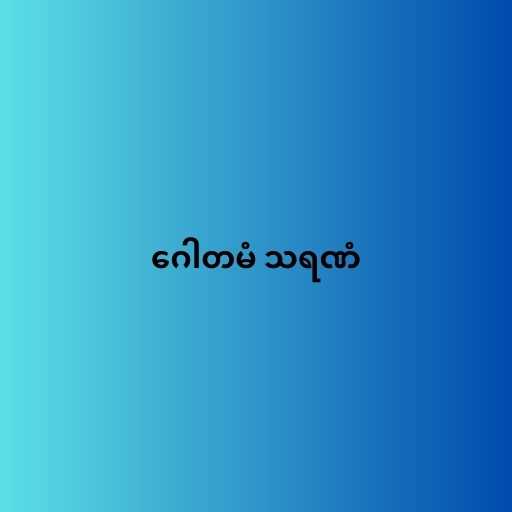
ဂေါတမံ သရဏံ